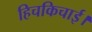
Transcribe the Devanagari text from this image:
हिचकिचाई।